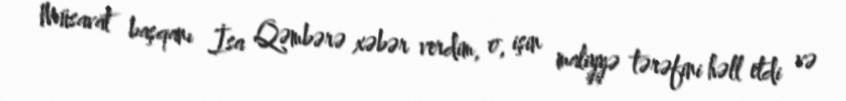
Müsavat başqanı İsa Qəmbərə xəbər verdim, o, işin maliyyə tərəfini həll etdi və